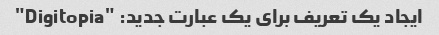
ایجاد یک تعریف برای یک عبارت جدید: "Digitopia"